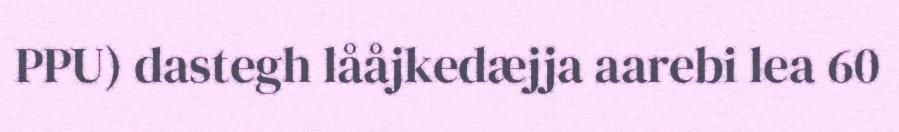
PPU) dastegh lååjkedæjja aarebi lea 60